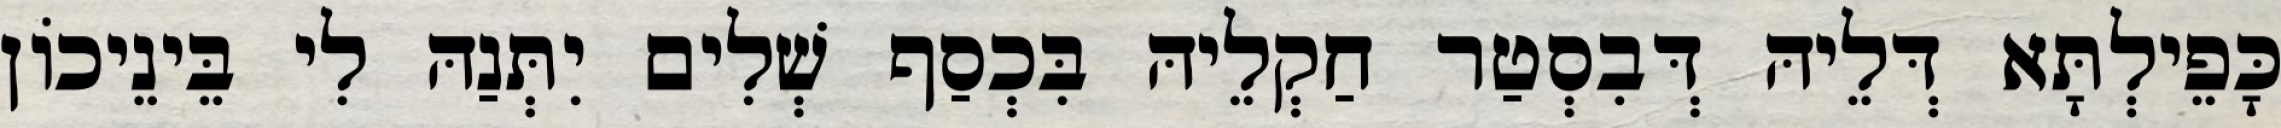
כָּפֵילְתָּא דְּלֵיהּ דְּבִסְטַר חַקְלֵיהּ בִּכְסַף שְׁלִים יִתְּנַהּ לִי בֵּינֵיכוֹן